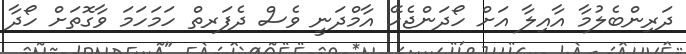
ދަރިންބެލުމާ އާއިލާ އަށް ހޯދަންޖެހޭ އާމްދަނީ ވެސް ދެފަރތް ހަމަހަމަ ވާގޮތަށް ހޯދާ